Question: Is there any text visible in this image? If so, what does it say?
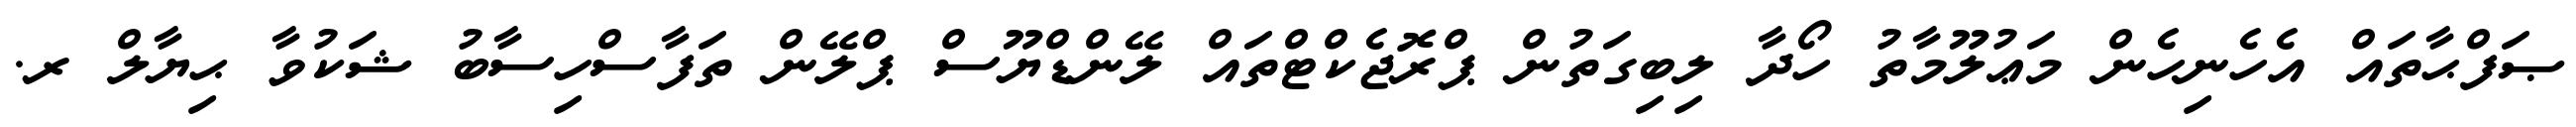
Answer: ޞަފްޙާތައް އެހެނިހެން މަޢުލޫމާތު ހޯދާ ލިބިގަތުން ޕްރޮޖެކްޓްތައް ލޭންޑްޔޫސް ޕްލޭން ތަފާސްހިސާބު ޝަކުވާ ޙިޔާލް ރ.